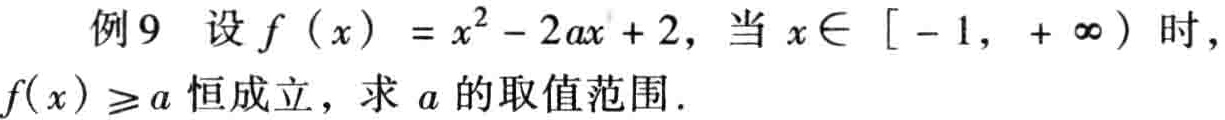
例9 设$f(x)=x^{2}-2ax + 2$，当$x\in[-1,+\infty)$时，$f(x)\geq a$恒成立，求$a$的取值范围.